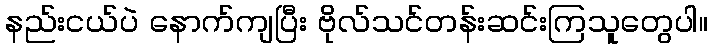
နည်းငယ်ပဲ နောက်ကျပြီး ဗိုလ်သင်တန်းဆင်းကြသူတွေပါ။